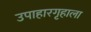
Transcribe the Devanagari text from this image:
उपाहारगृहाला